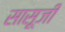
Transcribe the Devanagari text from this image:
सासूजी